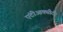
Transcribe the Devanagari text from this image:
एंटीआक्सीटैंट